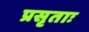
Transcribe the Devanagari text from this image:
प्रसृताः